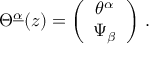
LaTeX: \Theta ^ { \underline { { \alpha } } } ( z ) = \left( \begin{array} { c } { { \theta ^ { \alpha } } } \\ { { \Psi _ { \beta } } } \end{array} \right) \, .